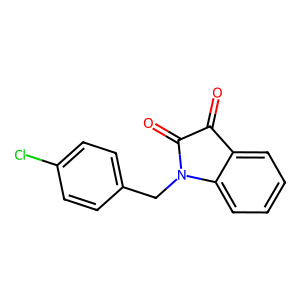
SMILES: O=C1C(=O)N(Cc2ccc(Cl)cc2)c2ccccc21
Inhibits HIV replication: No